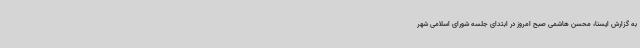
به گزارش ایسنا، محسن هاشمی صبح امروز در ابتدای جلسه شورای اسلامی شهر